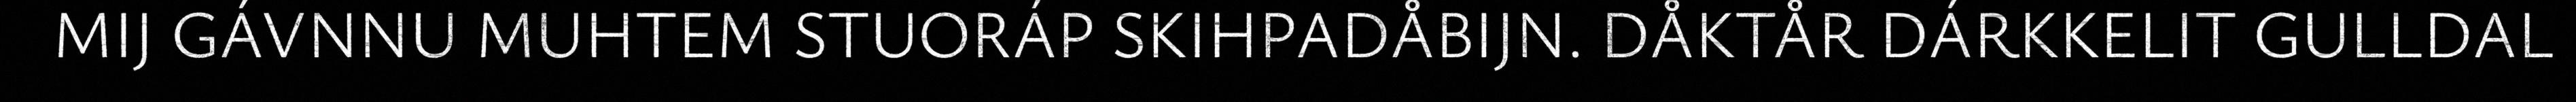
MIJ GÁVNNU MUHTEM STUORÁP SKIHPADÅBIJN. DÅKTÅR DÁRKKELIT GULLDAL